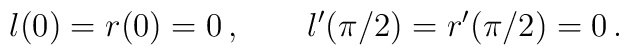
l(0)=r(0)=0\,,\qquad l^{\prime }(\pi /2)=r^{\prime }(\pi /2)=0\,.